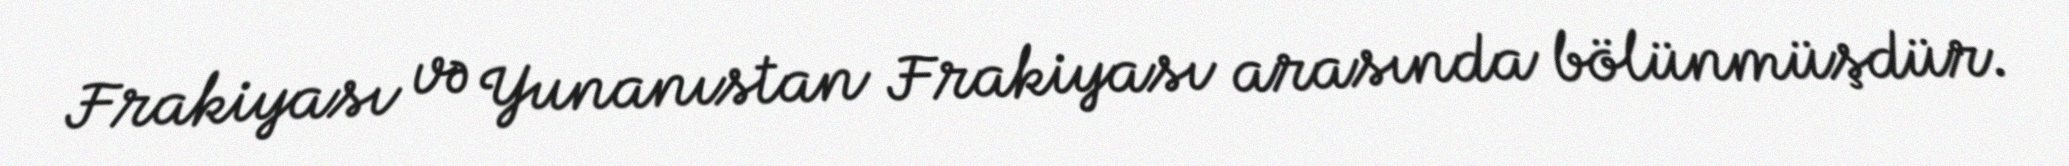
Frakiyası və Yunanıstan Frakiyası arasında bölünmüşdür.